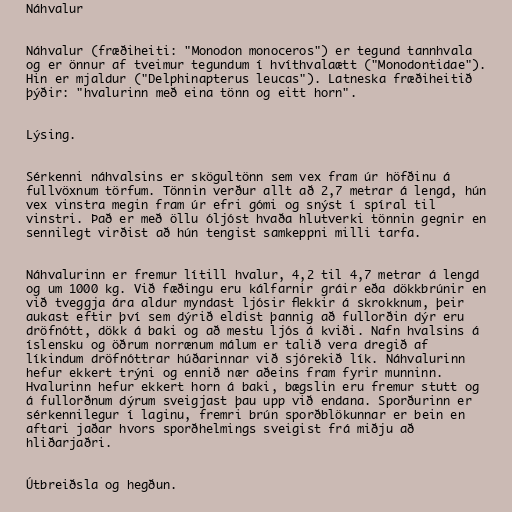
Náhvalur

Náhvalur (fræðiheiti: "Monodon monoceros") er tegund tannhvala
og er önnur af tveimur tegundum í hvíthvalaætt ("Monodontidae").
Hin er mjaldur ("Delphinapterus leucas"). Latneska fræðiheitið
þýðir: "hvalurinn með eina tönn og eitt horn".

Lýsing.

Sérkenni náhvalsins er skögultönn sem vex fram úr höfðinu á
fullvöxnum törfum. Tönnin verður allt að 2,7 metrar á lengd, hún
vex vinstra megin fram úr efri gómi og snýst í spíral til
vinstri. Það er með öllu óljóst hvaða hlutverki tönnin gegnir en
sennilegt virðist að hún tengist samkeppni milli tarfa.

Náhvalurinn er fremur lítill hvalur, 4,2 til 4,7 metrar á lengd
og um 1000 kg. Við fæðingu eru kálfarnir gráir eða dökkbrúnir en
við tveggja ára aldur myndast ljósir flekkir á skrokknum, þeir
aukast eftir því sem dýrið eldist þannig að fullorðin dýr eru
dröfnótt, dökk á baki og að mestu ljós á kviði. Nafn hvalsins á
íslensku og öðrum norrænum málum er talið vera dregið af
líkindum dröfnóttrar húðarinnar við sjórekið lík. Náhvalurinn
hefur ekkert trýni og ennið nær aðeins fram fyrir munninn.
Hvalurinn hefur ekkert horn á baki, bægslin eru fremur stutt og
á fullorðnum dýrum sveigjast þau upp við endana. Sporðurinn er
sérkennilegur í laginu, fremri brún sporðblökunnar er bein en
aftari jaðar hvors sporðhelmings sveigist frá miðju að
hliðarjaðri.

Útbreiðsla og hegðun.